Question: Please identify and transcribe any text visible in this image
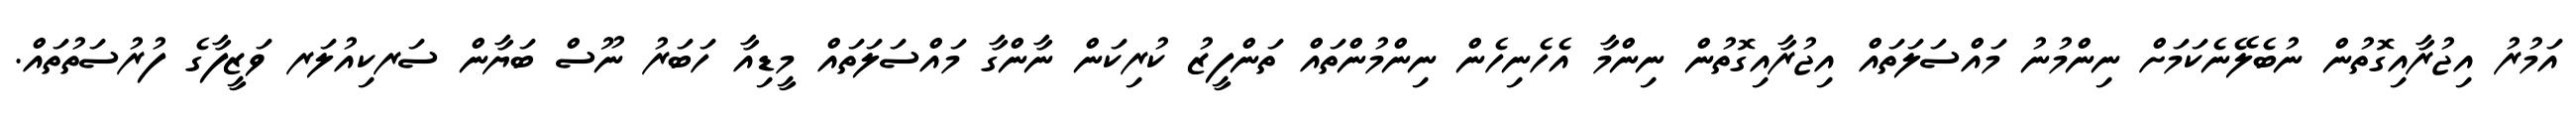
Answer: އަމުރު އިޖުރާއިގޮތުން ނުބެލޭނެކަމަށް ނިންމުނު މައްސަލަތައް އިޖުރާއިގޮތުން ނިންމާ އެހެނިހެން ނިންމުންތައް ތަންފީޒު ކުރިކަން ނާންގާ މައްސަލަތައް މީޑިއާ ހަބަރު ނޫސް ބަޔާން ސަރކިއުލަރ ވަޒީފާގެ ފުރުސަތުތައް.